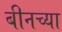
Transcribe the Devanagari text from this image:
बीनच्या